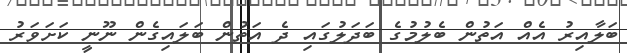
ބަލާއިރު އެއް އަތުން ބެލުމުގެ ބަދަލުގައި ދެ އަތުން ބަލައިގެން ނޫނީ ކަށަވަރު